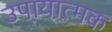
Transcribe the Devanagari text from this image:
उपायात्मक